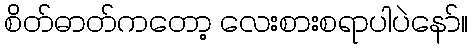
စိတ်ဓာတ်ကတော့ လေးစားစရာပါပဲနော်။